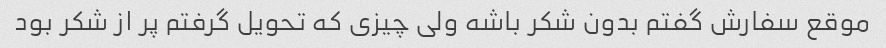
موقع سفارش گفتم بدون شکر باشه ولی چیزی که تحویل گرفتم پر از شکر بود